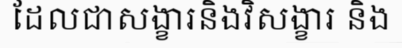
ដែលជាសង្ខារនិងវិសង្ខារ និង